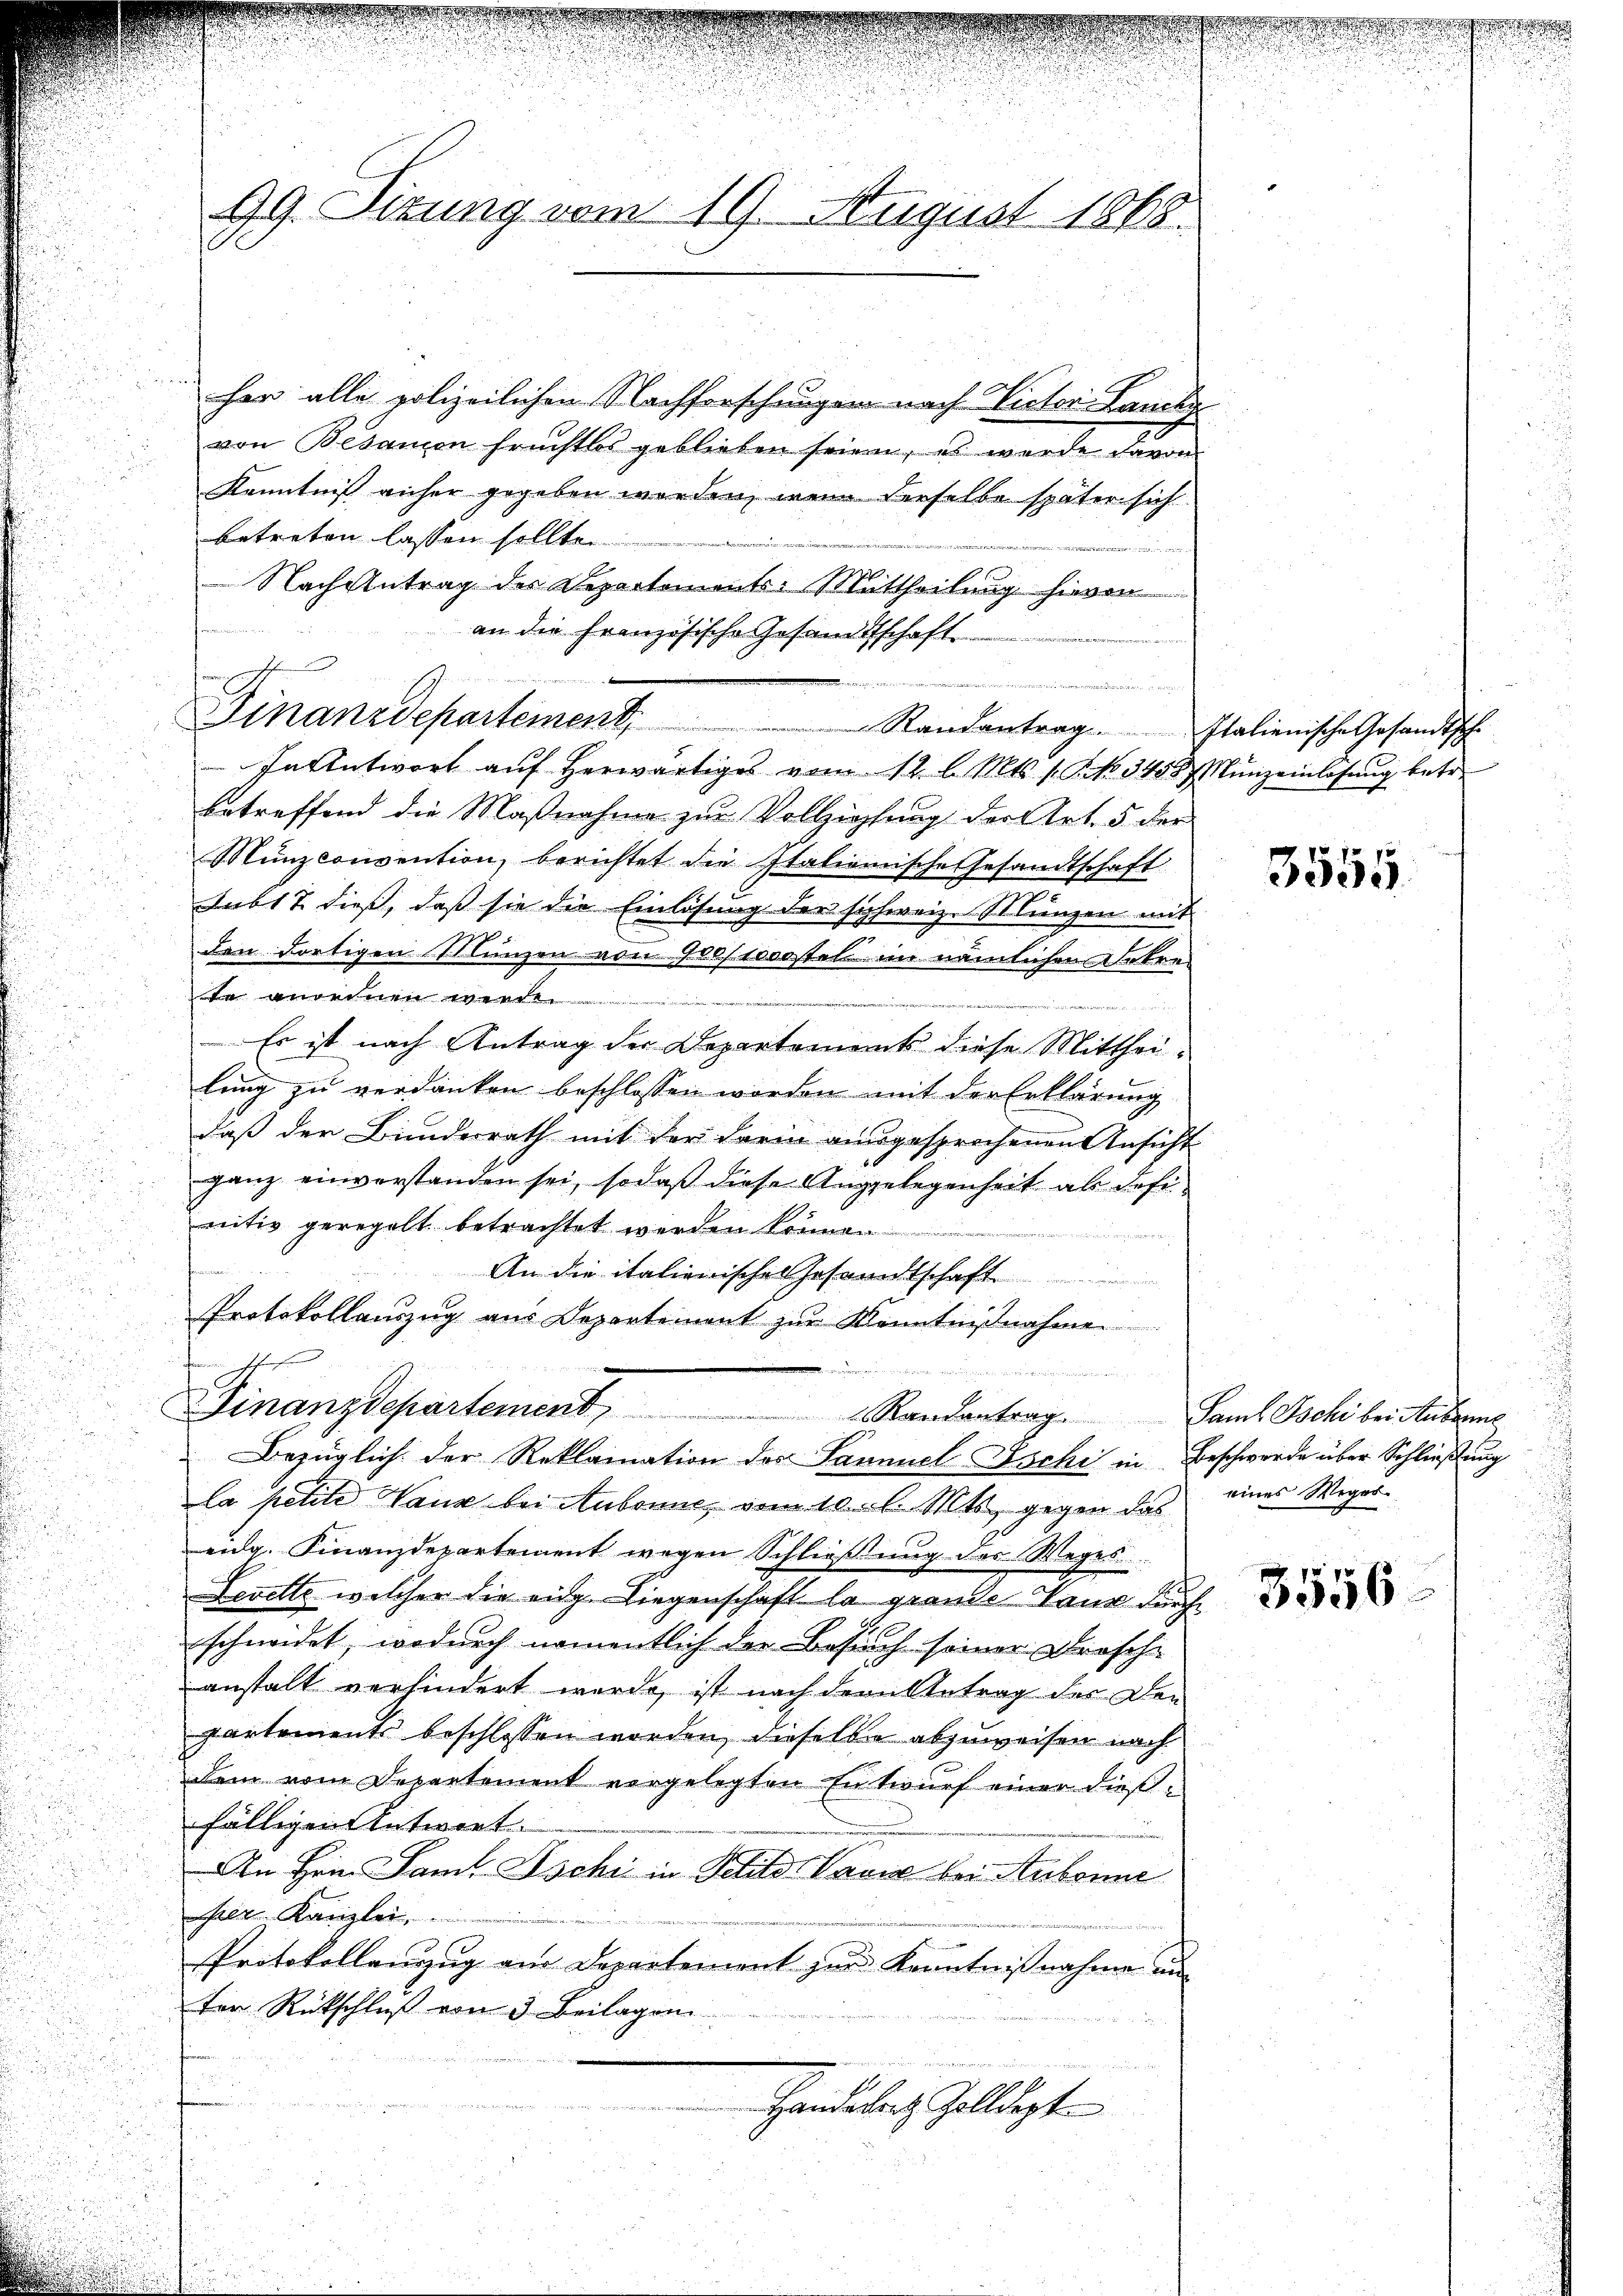
99. Sitzung vom 19. August 1868.

her alle polizeilichen Nachforschungen nach Victor Lancky
von Besanon fruchtlos geblieben seien, es wurde davon
Kenntniß anher gegeben werden, wenn derselbe später sich
betreten lassen sollte.
Nachzutrag des Departements-Mittheilung hievon
an die Französische Gesandtschaft
In Antwort auf herwärtiges vom 12. l. Mts. 1. No 3458. Münzeinlösung betre
betreffend die Maßnahme zur Vollziehung der Art. 5 der
Münzconvention, berichtet die Italienische Gesandtschaft
Sub17 dieß, daß sie die Einlösung der schweiz. Münzen mit
den dortigen Münzen von Grostrostel im nämlichen Fehre
se andeinen werde
Es ist nach Antrag der Departements diese Mittheilung zu verdanken beschlossen worden mit der Erklärung
daß der Bundesrath mit der darin ausgesprochenen Ansicht
ganz einverstanden sei, sodaß diese Angelegenheit als defi
nitiv geregelt betrachtet werden können
An die italienische Gesandtschaft
Protokollauszug aus Departement zur Kenntnißnahme
denn ich f

Finanzdepartement, Randantrag. Saml Jochi bei Seiterne
Bezüglich der Reklamation des Samuel Ischi in Beschwerde über Schließung
la petite Vauz bei Aubonne, vom 10. l. Mts. gegen das
eidg. Finanzdepartement wegen Schließung des Weges
Levelte, welcher die eidg. Liegenschaft la grande Vaus durch
schneidet, wodurch namentlich der Besuch seiner Bursche
anstalt verhindert wurde, ist nach dem Antrag der Den
partements beschlossen worden, dieselbe abzuweisen nach
dem vom Departement vorgelegten Entwurf einer dießfälligen Antwort.
An Hrn. Saml Ischi in Sehte Varia bei Aubonne
Bez. Kanzlei,
Protokollanzug am Departement zur Kenntnißnahme un
ter Rückschluß von 3 Beilagen.
Handesrath Zolldept

Finanzdepartement.   Randantrag. Italienische Gesandtsche

3555.

eines Weges.

3556